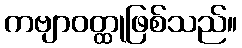
ကဗျာဝတ္ထုဖြစ်သည်။